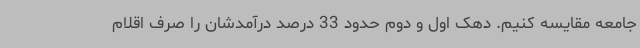
جامعه مقایسه کنیم. دهک اول و دوم حدود 33 درصد درآمدشان را صرف اقلام